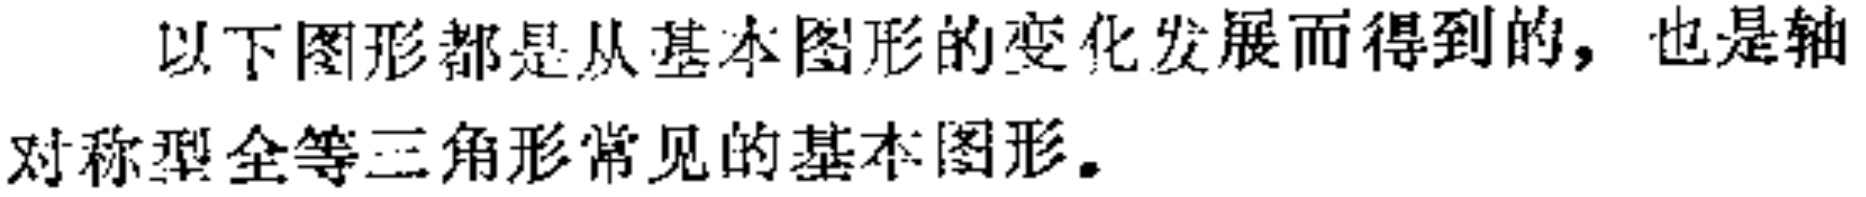
以下图形都是从基本图形的变化发展而得到的，也是轴对称型全等三角形常见的基本图形。